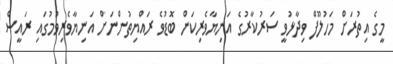
މީގެ އިތުރަށް މަހުލޫފް ވިދާޅުވީ ސަރުކާރުގެ އަނިޔާވެރިކަން ބޮޑުވެ ރައްޔިތުންނަށް އަނިޔާވެރިވުމުގައި ރައީސް